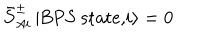
{ \bar { S } } _ { A i } ^ { \pm } \, \vert \mathrm { B P S ~ s t a t e , } i \rangle = 0